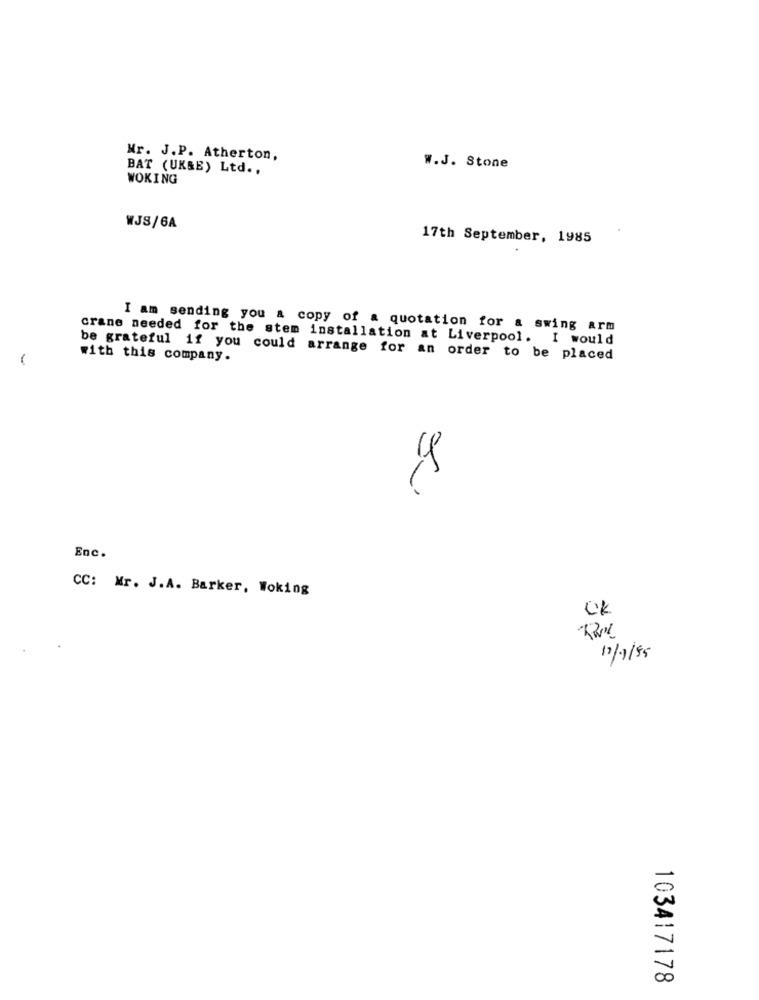
Mr. J.P. Atherton,
BAT (UK&E) Ltd .,
W.J. Stone
WOKING
WJS/6A
17th September, 1985
I am sending you & copy of a quotation for a swing arm
crane needed for the stem installation at Liverpool. I would
be grateful if you could arrange for an order to be placed
with this company.
1
Enc.
CC: Mr. J.A. Barker, Woking
OK
17/1/85
103417178